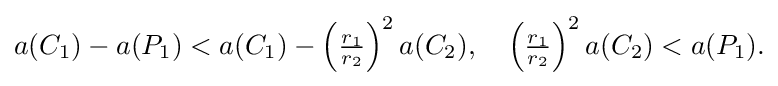
{\textstyle a(C_{1})-a(P_{1})<a(C_{1})-\left({\frac {r_{1}}{r_{2}}}\right)^{2}a(C_{2}),\quad \left({\frac {r_{1}}{r_{2}}}\right)^{2}a(C_{2})<a(P_{1}).}